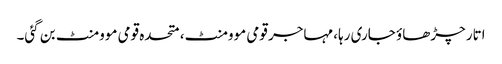
اتار چڑھاؤ جاری رہا، مہاجر قومی موومنٹ، متحدہ قومی موومنٹ بن گئی۔